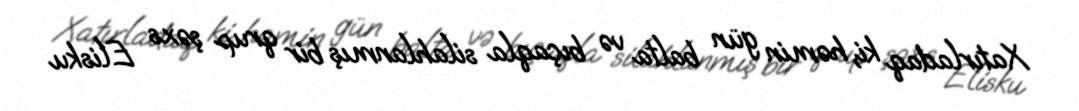
Xatırladaq ki, həmin gün balta və bıçaqla silahlanmış bir qrup şəxs Elisku